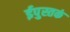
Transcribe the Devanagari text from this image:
ईपुस्तकं